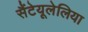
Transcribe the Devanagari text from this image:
सैंटेयूलेलिया